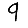
Digit: 9